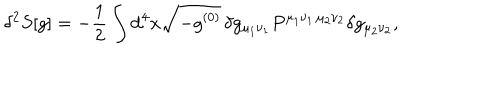
\delta ^ { 2 } S [ g ] = - \frac 1 2 \int \mathrm { d } ^ { 4 } x \sqrt { - g ^ { ( 0 ) } } \, \delta g _ { \mu _ { 1 } \nu _ { 1 } } P ^ { \mu _ { 1 } \nu _ { 1 } \, \mu _ { 2 } \nu _ { 2 } } \delta g _ { \mu _ { 2 } \nu _ { 2 } } ,